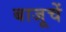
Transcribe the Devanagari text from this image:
बाजूचें